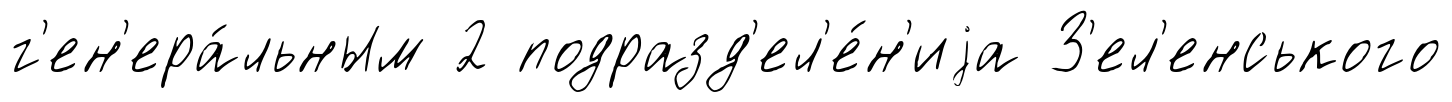
г'ен'ера́льным 2 подразд'ел'е́н'иjа З'ел'енського